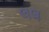
લલ